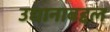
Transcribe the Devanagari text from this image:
उद्यानाबद्दल